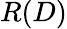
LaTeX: R(D)